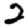
Digit: 2